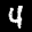
Label: 4